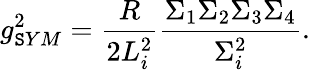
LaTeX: g_{\mathtt{S}YM}^{2}=\frac{{R}}{{2L_{i}^{2}}}\frac{{\Sigma_{1}\Sigma_{2}\Sigma_{3}\Sigma_{4}}}{{\Sigma_{i}^{2}}}.